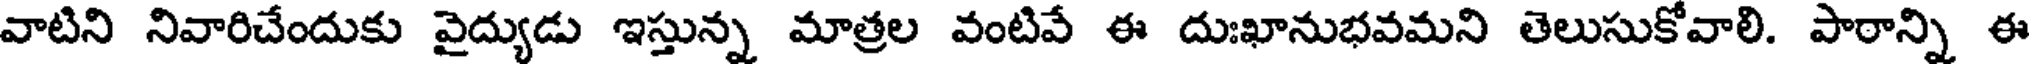
వాటిని నివారిచేందుకు వైద్యుడు ఇస్తున్న మాత్రల వంటివే ఈ దుఃఖానుభవమని తెలుసుకోవాలి. పారాన్ని ఈ